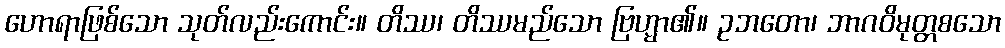
ဟောရာဖြစ်သော သုတ်လည်းကောင်း။ တိဿ၊ တိဿမည်သော ဗြဟ္မာ၏။ ဥဘတော၊ ဘာဂဝိမုတ္တစသော